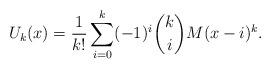
LaTeX: \begin{align*}U_k(x)=\frac{1}{k!}\sum_{i=0}^k(-1)^i{k\choose i}M(x-i)^k.\end{align*}